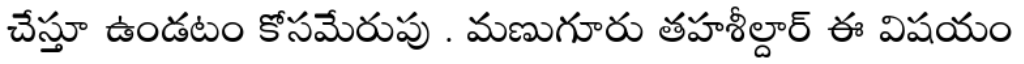
చేస్తూ ఉండటం కోసమేరుపు . మణుగూరు తహశీల్దార్ ఈ విషయం